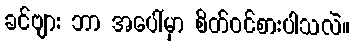
ခင်ဗျား ဘာ အပေါ်မှာ စိတ်ဝင်စားပါသလဲ။